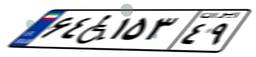
۶۴W۱۵۳۴۹